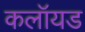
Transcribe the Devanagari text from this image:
कलॉयड